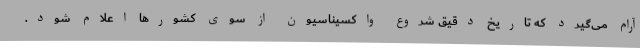
آرام می‌گیرد که تاریخ دقیق شروع واکسیناسیون از سوی کشورها اعلام شود.